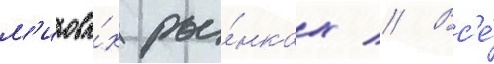
м'ировы́х ры́нках // Вс'е́